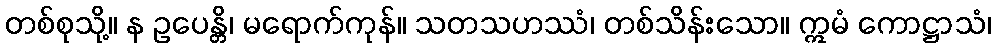
တစ်စုသို့။ န ဥပေန္တိ၊ မရောက်ကုန်။ သတသဟဿံ၊ တစ်သိန်းသော။ ဣမံ ကောဋ္ဌာသံ၊